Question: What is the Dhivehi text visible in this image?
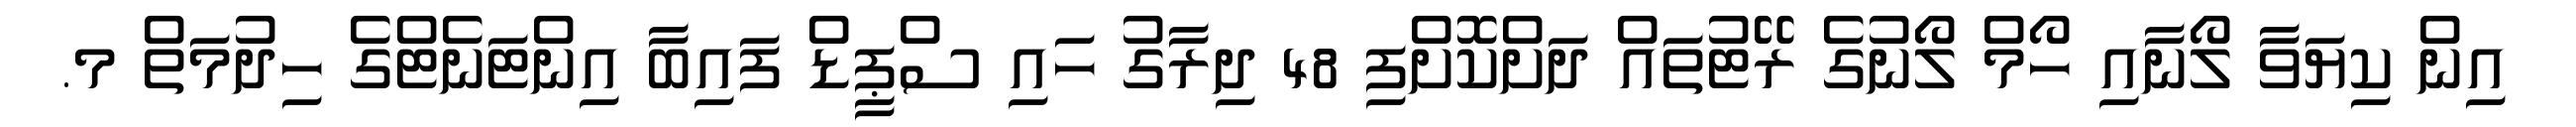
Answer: އިން ކިޔަވާ ލޯނާއި ހޯމް ލޯނުގެ ރޭޓުތައް ދަށްކޮށްފި 48 ދިރާގު ހައި ސްޕީޑް ފައިބާ އިންޓަނެޓްގެ ހިދުމަތް މ.